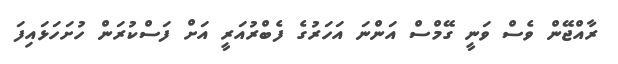
ރާއްޖޭން ވެސް ވަނީ ގޭމްސް އަންނަ އަހަރުގެ ފެބްރުއަރީ އަށް ފަސްކުރަން ހުށަހަޅައިފަ